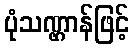
ပုံသဏ္ဌာန်ဖြင့်